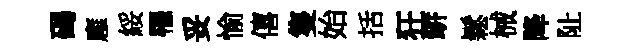
碣廱綏罹妥愉僖隻始括狂缾鬆械降阯